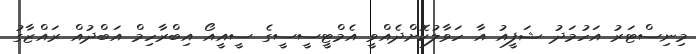
މިނިސްޓަރު އަހުމަދު ޝަފީއު އާ ހަވާލުކޮށްދެއްވީ އެމްޓީސީސީގެ ސީއީއޯ އިބްރާހިމް އަބްދުއް ރައްޒާގު